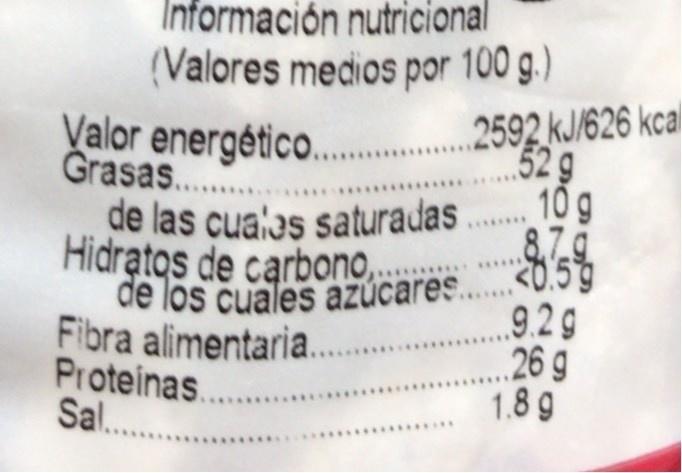
Información nutricional (Valores medios por 100 g.)
Valor energético.. 2592 kJ/626 kca
52 g 10 g 87.9 de los cuales azúcares.. <0.59
Grasas..
de las cua'as saturadas
Hidratos de carbono,
Fibra alimentaria. Proteinas... Sal...
.9.2g 26 g 1.8 g
...